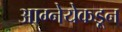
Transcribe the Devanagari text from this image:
आग्नेयेकडून